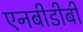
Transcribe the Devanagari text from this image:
एनबीडीबी